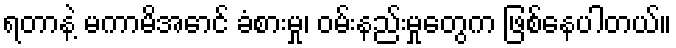
ရတာနဲ့ မကာမိအောင် ခံစားမှု၊ ဝမ်းနည်းမှုတွေက ဖြစ်နေပါတယ်။